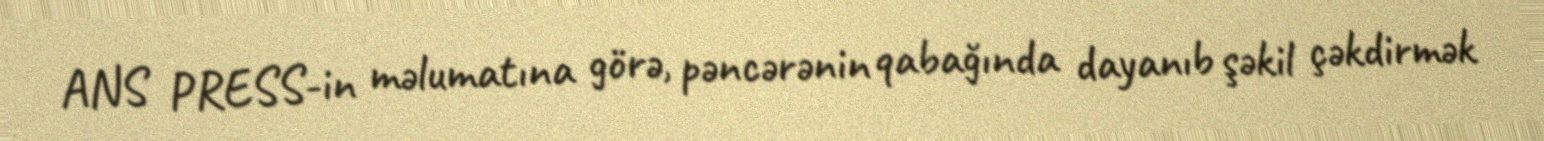
ANS PRESS-in məlumatına görə, pəncərənin qabağında dayanıb şəkil çəkdirmək